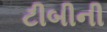
ટીબીની